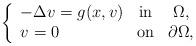
LaTeX: \begin{align*}\left\{\begin{array}{lcc}-\Delta v = g(x,v) &\textup{in}& \Omega, \\v=0 &\textup{on}& \partial\Omega,\end{array}\right.\end{align*}